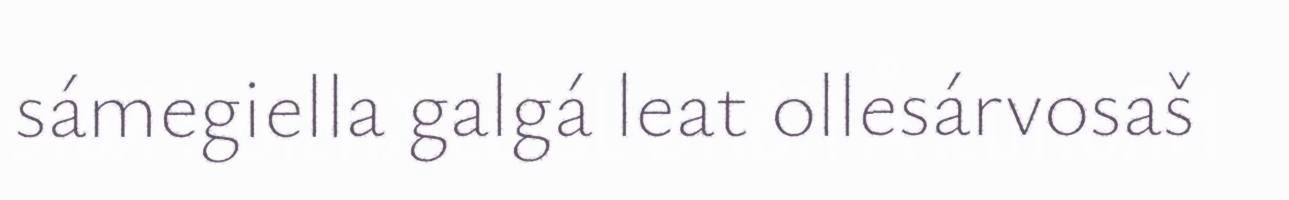
sámegiella galgá leat ollesárvosaš